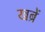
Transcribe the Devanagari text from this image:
खब्रें